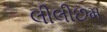
લીલીછમ